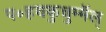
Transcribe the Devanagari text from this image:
प॰हयकुन्नुम्मॅल्